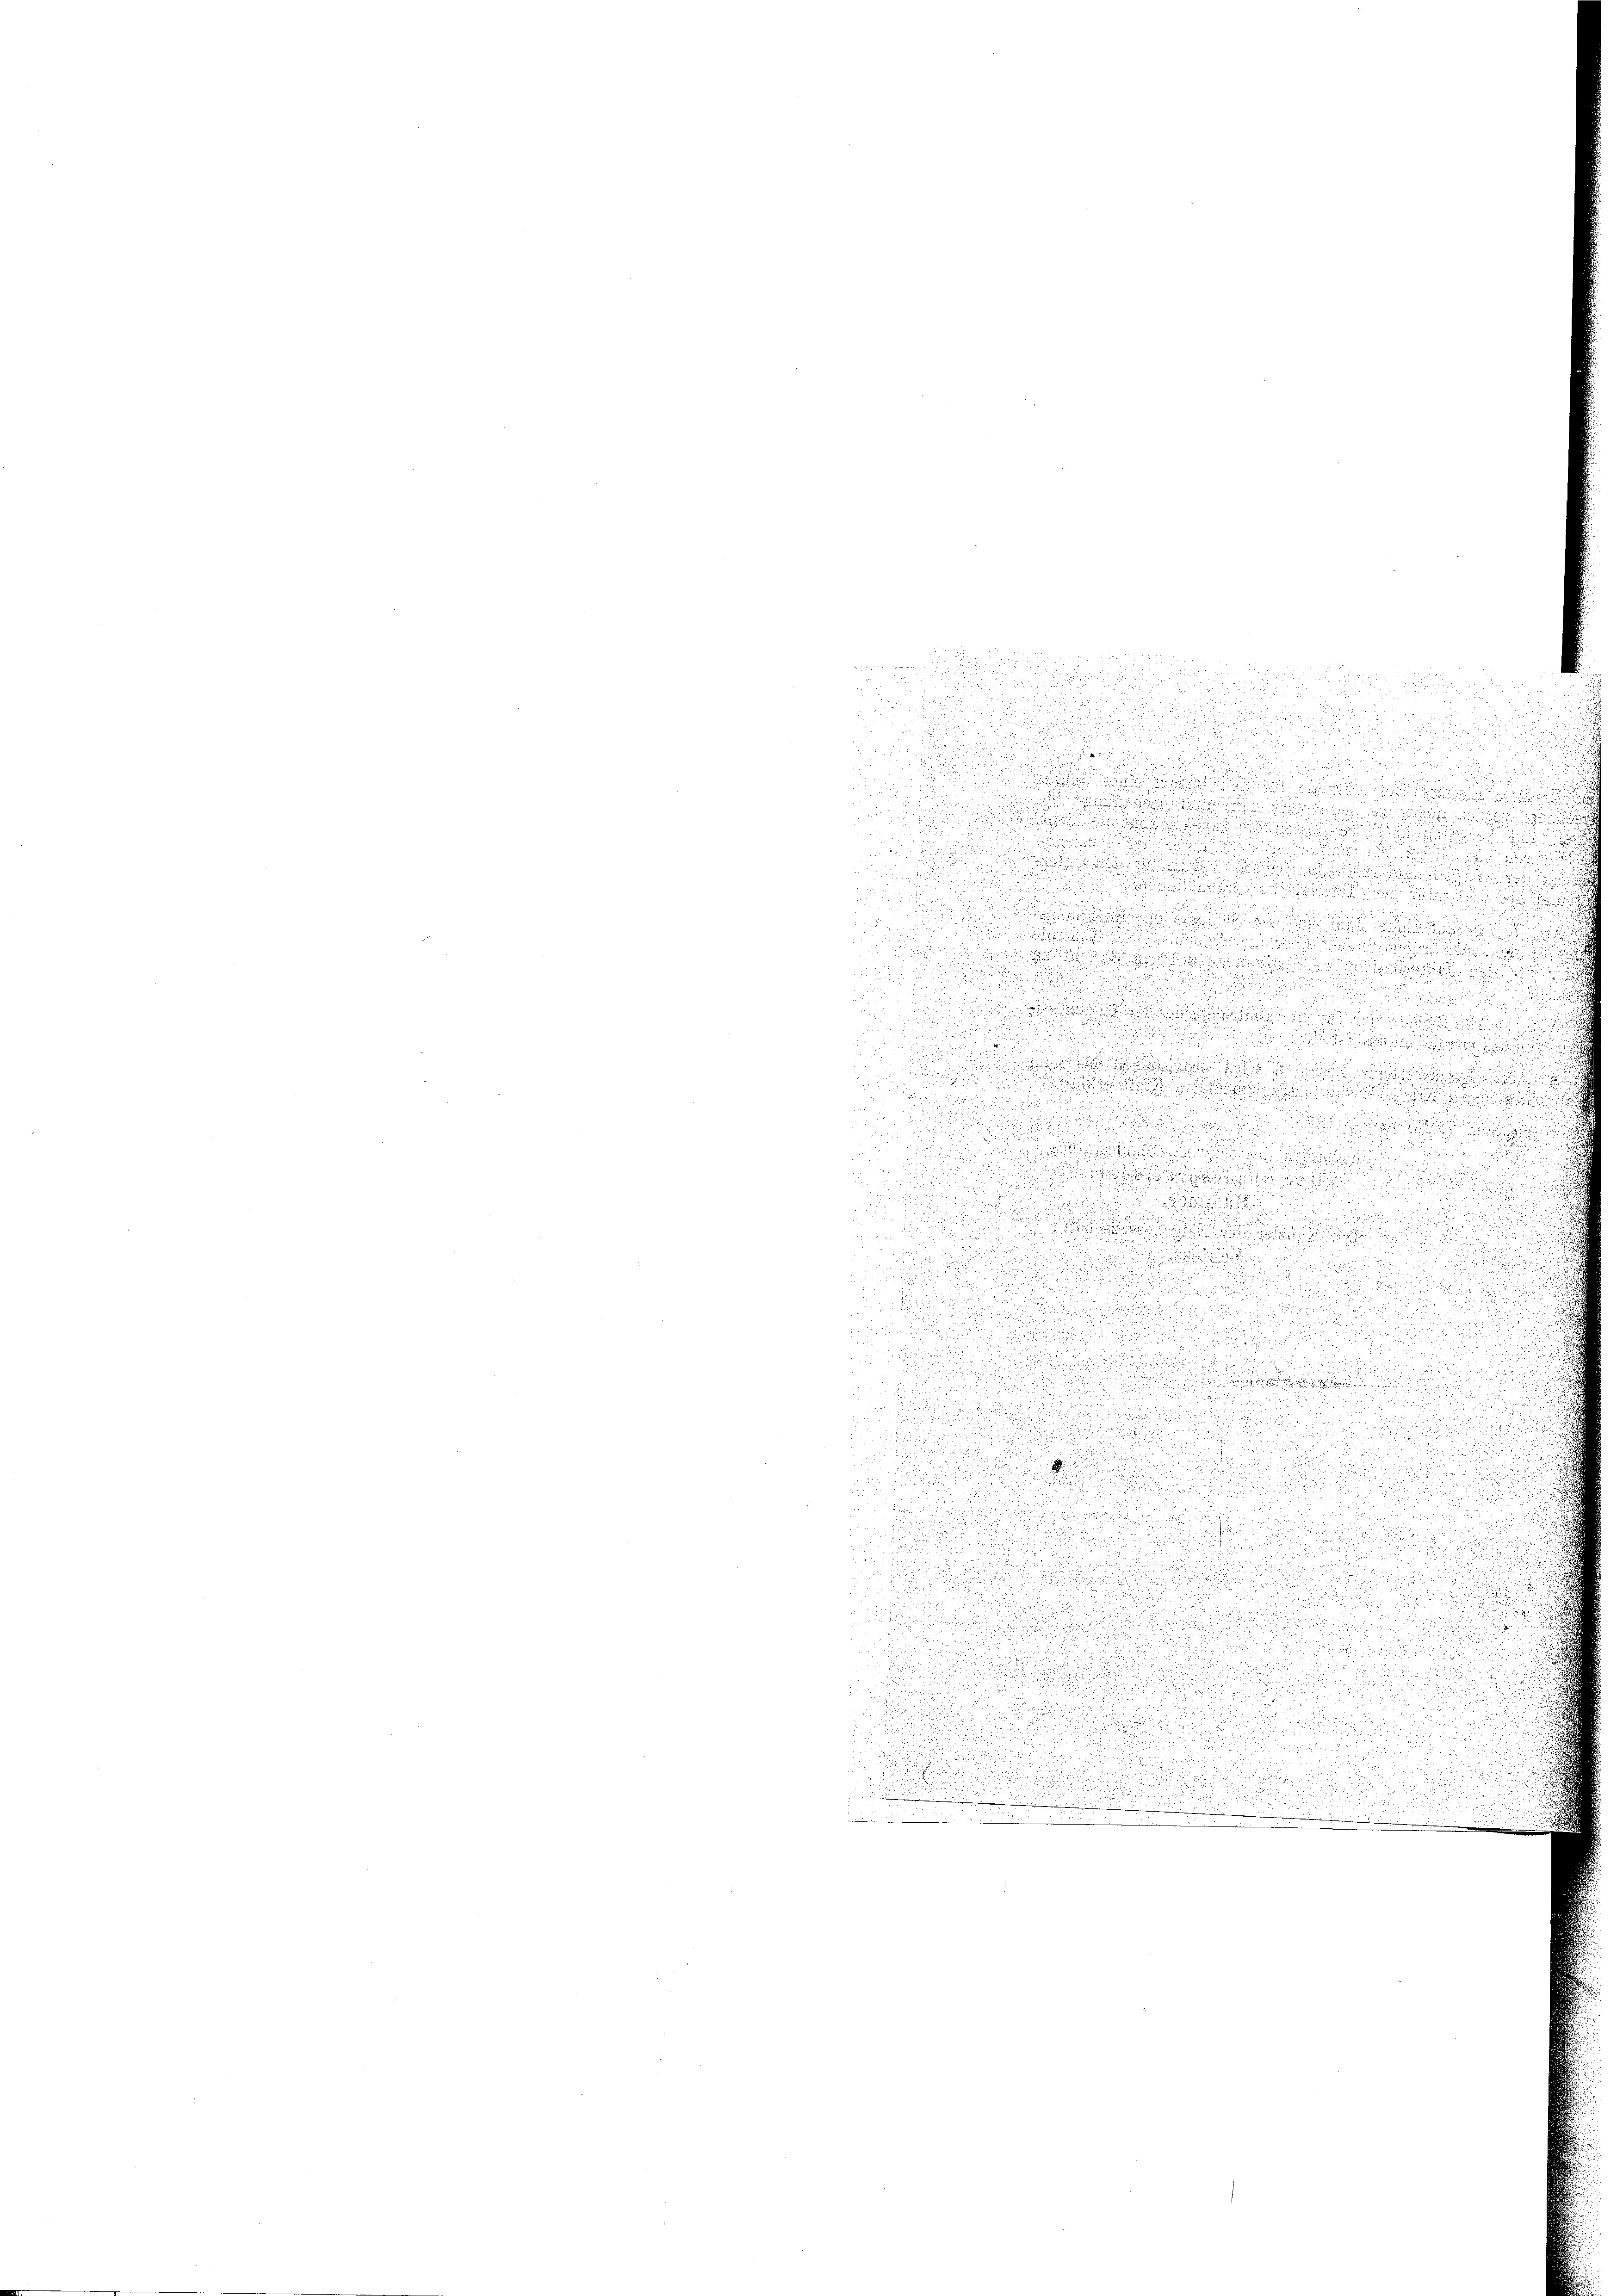
.
u

§ 15

,
u
dee eine

i

u
 x

.
i

u
e
u

n
d

d
.

e

n
a

u
.
.
u
 Preis
u

3

n

.

e
e
u

d
 Käu
 1
u
u
.

u

u

u

.
u
  der

e
u

n

 . . . .

u
 15

.

r un